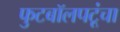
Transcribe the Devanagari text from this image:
फुटबॉलपटूंचा